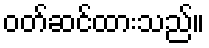
ဝတ်ဆင်ထားသည်။